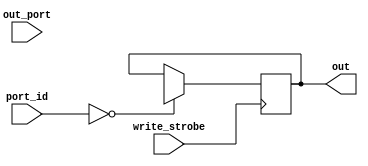
module m_port #(parameter WIDTH = 0, BASE = 0) (
    input [7:0] port_id,
    input [7:0] out_port,
    input write_strobe,
    output reg [WIDTH-1:0] out
);

always @ (posedge write_strobe)
begin
  if (port_id == BASE)
  begin
    out[WIDTH-1:0] <= out_port[WIDTH-1:0];
  end
end

endmodule